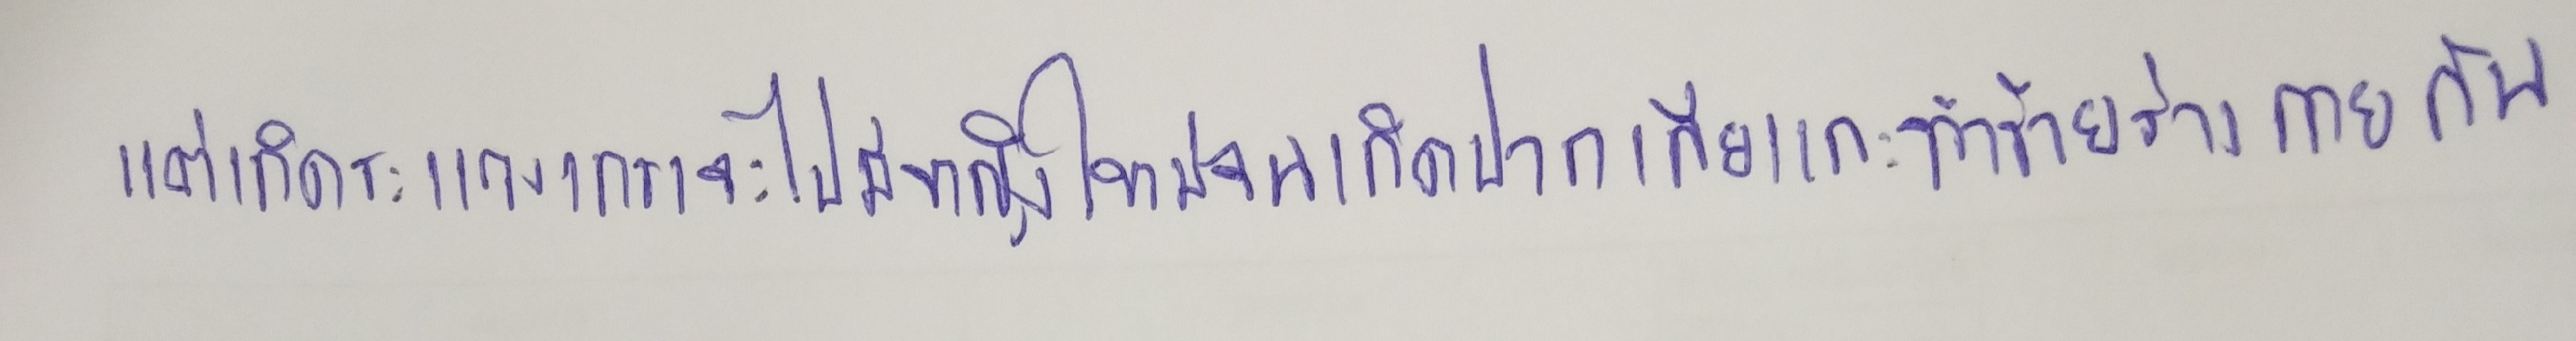
แต่เกิดระแวงเกรงจะไปมีหญิงใหม่จนเกิดปากเสียและทำร้ายร่างกายกัน